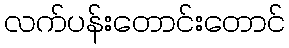
လက်ပန်းတောင်းတောင်